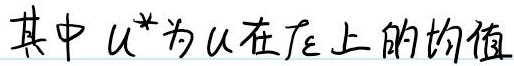
其中 $u^*$ 为 $u$ 在 $\mathcal{T}_h$ 上的均值